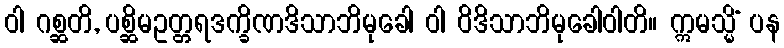
ဝါ ဂစ္ဆတိ, ပစ္ဆိမဥတ္တရဒက္ခိဏဒိသာဘိမုခေါ ဝါ ဝိဒိသာဘိမုခေါဝါတိ။ ဣမသ္မိံ ပန